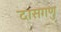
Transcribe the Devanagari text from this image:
दासगणु